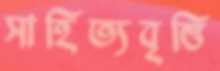
সাহিত্যবৃত্তি